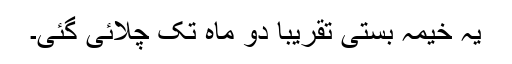
یہ خیمہ بستی تقریبا دو ماہ تک چلائی گئی۔